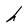
Character: h